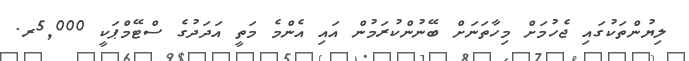
ލިޔުންތަކުގައި ޖެހުމަށް މިހާތަނަށް ބޭނުންކުރަމުން އައި އެންމެ މަތީ އަދަދުގެ ސްޓޭމްޕަކީ 5